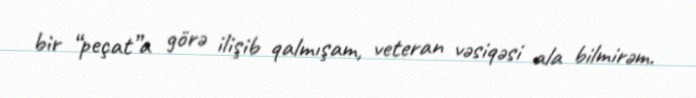
bir “peçat”a görə ilişib qalmışam, veteran vəsiqəsi ala bilmirəm.